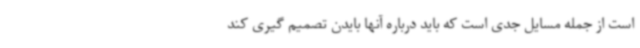
است از جمله مسایل جدی است که باید درباره آنها بایدن تصمیم گیری کند